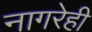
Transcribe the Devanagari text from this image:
नागरेही